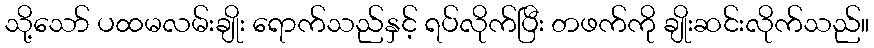
သို့သော် ပထမလမ်းချိုး ရောက်သည်နှင့် ရပ်လိုက်ပြီး တဖက်ကို ချိုးဆင်းလိုက်သည်။